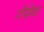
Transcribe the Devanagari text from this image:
गौसेवा